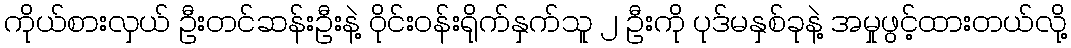
ကိုယ်စားလှယ် ဦးတင်ဆန်းဦးနဲ့ ဝိုင်းဝန်းရိုက်နှက်သူ ၂ ဦးကို ပုဒ်မနှစ်ခုနဲ့ အမှုဖွင့်ထားတယ်လို့